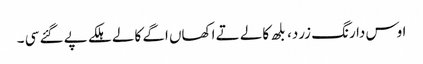
اوس دا رنگ زرد، بلھ کالے تے اکھاں اگے کالے ہلکے پے گئے سی ۔